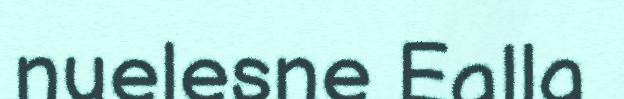
nuelesne Ealla